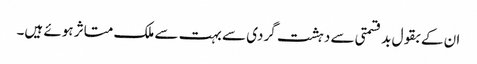
ان کے بقول بد قسمتی سے دہشت گردی سے بہت سے ملک متاثر ہوئے ہیں۔